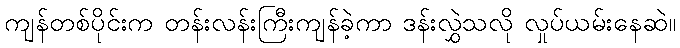
ကျန်တစ်ပိုင်းက တန်းလန်းကြီးကျန်ခဲ့ကာ ဒန်းလွှဲသလို လှုပ်ယမ်းနေဆဲ။